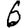
Digit: 6